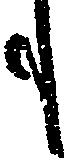
も